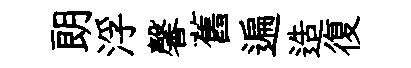
朗浮馨舊遍造復